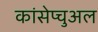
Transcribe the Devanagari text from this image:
कांसेप्चुअल